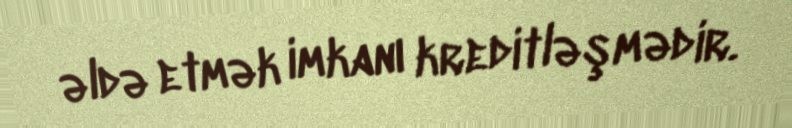
əldə etmək imkanı kreditləşmədir.